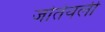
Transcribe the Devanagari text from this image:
जोतेयली